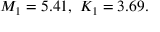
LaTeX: M _ { 1 } = 5 . 4 1 { \mathrm { , ~ } } K _ { 1 } = 3 . 6 9 .